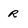
Character: r